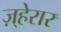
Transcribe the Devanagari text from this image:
ज़्हेरार